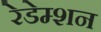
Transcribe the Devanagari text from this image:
रेडेम्शन